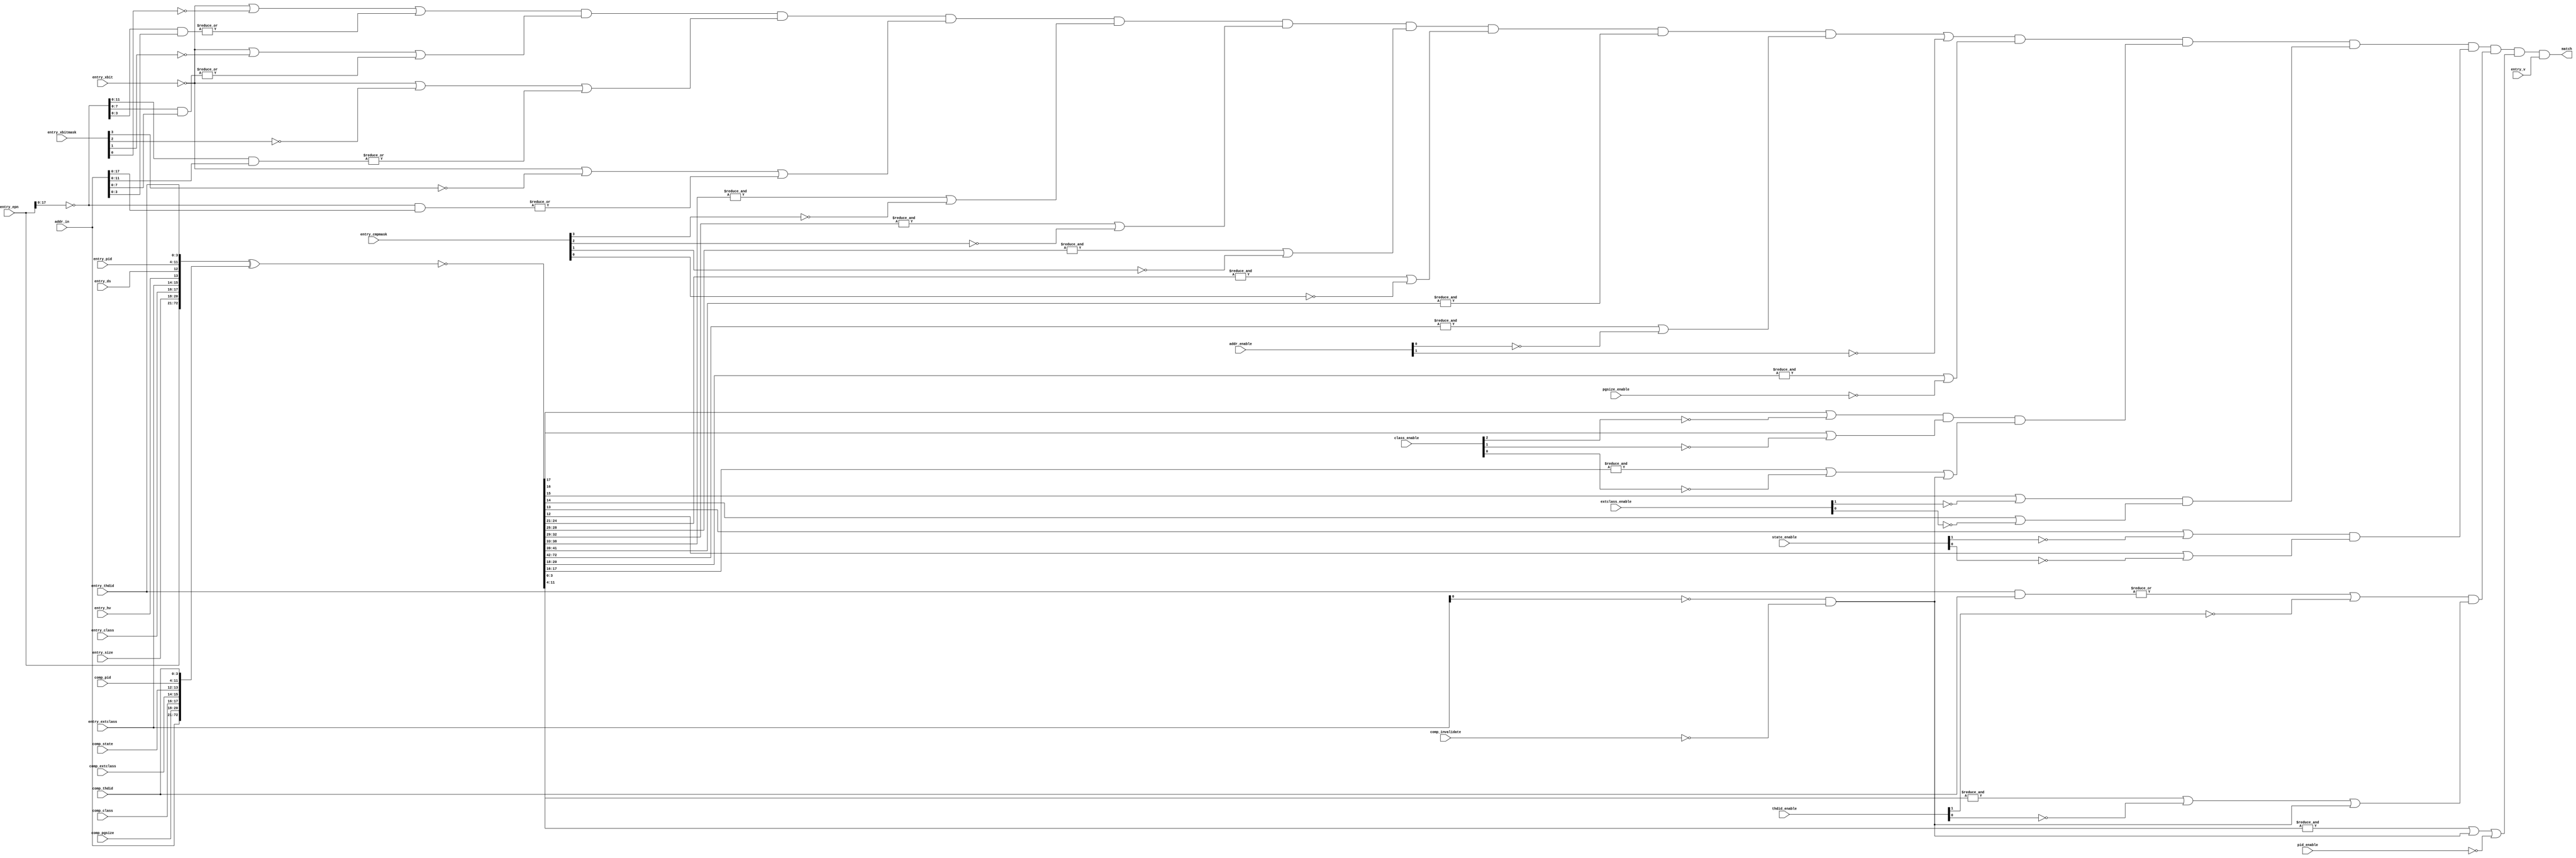
module tri_cam_32x143_1r1w1c_matchline(
   addr_in,
   addr_enable,
   comp_pgsize,
   pgsize_enable,
   entry_size,
   entry_cmpmask,
   entry_xbit,
   entry_xbitmask,
   entry_epn,
   comp_class,
   entry_class,
   class_enable,
   comp_extclass,
   entry_extclass,
   extclass_enable,
   comp_state,
   entry_hv,
   entry_ds,
   state_enable,
   entry_thdid,
   comp_thdid,
   thdid_enable,
   entry_pid,
   comp_pid,
   pid_enable,
   entry_v,
   comp_invalidate,
   match
);
   parameter                 HAVE_XBIT = 1;
   parameter                 NUM_PGSIZES = 5;
   parameter                 HAVE_CMPMASK = 1;
   parameter                 CMPMASK_WIDTH = 4;

   // @{default:nclk}@
   input [0:51]              addr_in;
   input [0:1]               addr_enable;
   input [0:2]               comp_pgsize;
   input                     pgsize_enable;
   input [0:2]               entry_size;
   input [0:CMPMASK_WIDTH-1] entry_cmpmask;
   input                     entry_xbit;
   input [0:CMPMASK_WIDTH-1] entry_xbitmask;
   input [0:51]              entry_epn;
   input [0:1]               comp_class;
   input [0:1]               entry_class;
   input [0:2]               class_enable;
   input [0:1]               comp_extclass;
   input [0:1]               entry_extclass;
   input [0:1]               extclass_enable;
   input [0:1]               comp_state;
   input                     entry_hv;
   input                     entry_ds;
   input [0:1]               state_enable;
   input [0:3]               entry_thdid;
   input [0:3]               comp_thdid;
   input [0:1]               thdid_enable;
   input [0:7]               entry_pid;
   input [0:7]               comp_pid;
   input                     pid_enable;
   input                     entry_v;
   input                     comp_invalidate;

   output                    match;

   // tri_cam_32x143_1r1w1c_matchline

   //----------------------------------------------------------------------
   // Signals
   //----------------------------------------------------------------------

   wire [34:51]              entry_epn_b;
   wire                      function_50_51;
   wire                      function_48_51;
   wire                      function_46_51;
   wire                      function_44_51;
   wire                      function_40_51;
   wire                      function_36_51;
   wire                      function_34_51;
   wire                      pgsize_eq_16K;
   wire                      pgsize_eq_64K;
   wire                      pgsize_eq_256K;
   wire                      pgsize_eq_1M;
   wire                      pgsize_eq_16M;
   wire                      pgsize_eq_256M;
   wire                      pgsize_eq_1G;
   wire                      pgsize_gte_16K;
   wire                      pgsize_gte_64K;
   wire                      pgsize_gte_256K;
   wire                      pgsize_gte_1M;
   wire                      pgsize_gte_16M;
   wire                      pgsize_gte_256M;
   wire                      pgsize_gte_1G;
   wire                      comp_or_34_35;
   wire                      comp_or_34_39;
   wire                      comp_or_36_39;
   wire                      comp_or_40_43;
   wire                      comp_or_44_45;
   wire                      comp_or_44_47;
   wire                      comp_or_46_47;
   wire                      comp_or_48_49;
   wire                      comp_or_48_51;
   wire                      comp_or_50_51;
   wire [0:72]               match_line;
   wire                      pgsize_match;
   wire                      addr_match;
   wire                      class_match;
   wire                      extclass_match;
   wire                      state_match;
   wire                      thdid_match;
   wire                      pid_match;
    (* analysis_not_referenced="true" *)
   wire [0:2]                unused;

   assign match_line[0:72] = (~({entry_epn[0:51], entry_size[0:2], entry_class[0:1], entry_extclass[0:1], entry_hv, entry_ds, entry_pid[0:7], entry_thdid[0:3]} ^
                                {addr_in[0:51], comp_pgsize[0:2], comp_class[0:1], comp_extclass[0:1], comp_state[0:1], comp_pid[0:7], comp_thdid[0:3]}));

   generate
     if (NUM_PGSIZES == 8)
     begin : numpgsz8
       // tie off unused signals
       assign comp_or_34_39 = 1'b0;
       assign comp_or_44_47 = 1'b0;
       assign comp_or_48_51 = 1'b0;
       assign unused[0] = |{comp_or_34_39, comp_or_44_47, comp_or_48_51};

       assign entry_epn_b[34:51] = (~(entry_epn[34:51]));

       if (HAVE_CMPMASK == 0)
       begin
         assign pgsize_eq_1G   = (   entry_size[0]   &    entry_size[1]   &    entry_size[2]);
         assign pgsize_eq_256M = (   entry_size[0]   &    entry_size[1]   & (~(entry_size[2])));
         assign pgsize_eq_16M  = (   entry_size[0]   & (~(entry_size[1])) &    entry_size[2]);
         assign pgsize_eq_1M   = (   entry_size[0]   & (~(entry_size[1])) & (~(entry_size[2])));
         assign pgsize_eq_256K = ((~(entry_size[0])) &    entry_size[1]   &    entry_size[2]);
         assign pgsize_eq_64K  = ((~(entry_size[0])) &    entry_size[1]   & (~(entry_size[2])));
         assign pgsize_eq_16K  = ((~(entry_size[0])) & (~(entry_size[1])) &    entry_size[2]);

         assign pgsize_gte_1G   = (   entry_size[0]   &    entry_size[1]   &    entry_size[2]);
         assign pgsize_gte_256M = (   entry_size[0]   &    entry_size[1]   & (~(entry_size[2]))) | pgsize_gte_1G;
         assign pgsize_gte_16M  = (   entry_size[0]   & (~(entry_size[1])) &    entry_size[2])   | pgsize_gte_256M;
         assign pgsize_gte_1M   = (   entry_size[0]   & (~(entry_size[1])) & (~(entry_size[2]))) | pgsize_gte_16M;
         assign pgsize_gte_256K = ((~(entry_size[0])) &    entry_size[1]   &    entry_size[2])   | pgsize_gte_1M;
         assign pgsize_gte_64K  = ((~(entry_size[0])) &    entry_size[1]   & (~(entry_size[2]))) | pgsize_gte_256K;
         assign pgsize_gte_16K  = ((~(entry_size[0])) & (~(entry_size[1])) &    entry_size[2])   | pgsize_gte_64K;

         assign unused[1] = |{entry_cmpmask, entry_xbitmask};
       end

       if (HAVE_CMPMASK == 1)
       begin
         //  size           entry_cmpmask: 0123456
         //    1GB                         0000000
         //  256MB                         1000000
         //   16MB                         1100000
         //    1MB                         1110000
         //  256KB                         1111000
         //   64KB                         1111100
         //   16KB                         1111110
         //    4KB                         1111111
         assign pgsize_gte_1G   = (~entry_cmpmask[0]);
         assign pgsize_gte_256M = (~entry_cmpmask[1]);
         assign pgsize_gte_16M  = (~entry_cmpmask[2]);
         assign pgsize_gte_1M   = (~entry_cmpmask[3]);
         assign pgsize_gte_256K = (~entry_cmpmask[4]);
         assign pgsize_gte_64K  = (~entry_cmpmask[5]);
         assign pgsize_gte_16K  = (~entry_cmpmask[6]);

         //  size          entry_xbitmask: 0123456
         //    1GB                         1000000
         //  256MB                         0100000
         //   16MB                         0010000
         //    1MB                         0001000
         //  256KB                         0000100
         //   64KB                         0000010
         //   16KB                         0000001
         //    4KB                         0000000
         assign pgsize_eq_1G   = entry_xbitmask[0];
         assign pgsize_eq_256M = entry_xbitmask[1];
         assign pgsize_eq_16M  = entry_xbitmask[2];
         assign pgsize_eq_1M   = entry_xbitmask[3];
         assign pgsize_eq_256K = entry_xbitmask[4];
         assign pgsize_eq_64K  = entry_xbitmask[5];
         assign pgsize_eq_16K  = entry_xbitmask[6];

         assign unused[1] = 1'b0;
       end

       if (HAVE_XBIT == 0)
       begin
         assign function_34_51 = 1'b0;
         assign function_36_51 = 1'b0;
         assign function_40_51 = 1'b0;
         assign function_44_51 = 1'b0;
         assign function_46_51 = 1'b0;
         assign function_48_51 = 1'b0;
         assign function_50_51 = 1'b0;
	 assign unused[2] = |{function_34_51, function_36_51, function_40_51, function_44_51,
                              function_46_51, function_48_51, function_50_51, entry_xbit,
                              entry_epn_b, pgsize_eq_1G, pgsize_eq_256M, pgsize_eq_16M,
                              pgsize_eq_1M, pgsize_eq_256K, pgsize_eq_64K, pgsize_eq_16K};
       end

       if (HAVE_XBIT != 0)
       begin
         assign function_34_51 = (~(entry_xbit)) | (~(pgsize_eq_1G))   | (|(entry_epn_b[34:51] & addr_in[34:51]));
         assign function_36_51 = (~(entry_xbit)) | (~(pgsize_eq_256M)) | (|(entry_epn_b[36:51] & addr_in[36:51]));
         assign function_40_51 = (~(entry_xbit)) | (~(pgsize_eq_16M))  | (|(entry_epn_b[40:51] & addr_in[40:51]));
         assign function_44_51 = (~(entry_xbit)) | (~(pgsize_eq_1M))   | (|(entry_epn_b[44:51] & addr_in[44:51]));
         assign function_46_51 = (~(entry_xbit)) | (~(pgsize_eq_256K)) | (|(entry_epn_b[46:51] & addr_in[46:51]));
         assign function_48_51 = (~(entry_xbit)) | (~(pgsize_eq_64K))  | (|(entry_epn_b[48:51] & addr_in[48:51]));
         assign function_50_51 = (~(entry_xbit)) | (~(pgsize_eq_16K))  | (|(entry_epn_b[50:51] & addr_in[50:51]));
         assign unused[2] = 1'b0;
       end

       assign comp_or_50_51 = (&(match_line[50:51])) | pgsize_gte_16K;
       assign comp_or_48_49 = (&(match_line[48:49])) | pgsize_gte_64K;
       assign comp_or_46_47 = (&(match_line[46:47])) | pgsize_gte_256K;
       assign comp_or_44_45 = (&(match_line[44:45])) | pgsize_gte_1M;
       assign comp_or_40_43 = (&(match_line[40:43])) | pgsize_gte_16M;
       assign comp_or_36_39 = (&(match_line[36:39])) | pgsize_gte_256M;
       assign comp_or_34_35 = (&(match_line[34:35])) | pgsize_gte_1G;

       if (HAVE_XBIT == 0)
       begin
         assign addr_match = (comp_or_34_35 &		//  Ignore functions based on page size
                              comp_or_36_39 &
                              comp_or_40_43 &
                              comp_or_44_45 &
                              comp_or_46_47 &
                              comp_or_48_49 &
                              comp_or_50_51 &
                              (&(match_line[31:33])) &		//  Regular compare largest page size
                              ((&(match_line[0:30])) | (~(addr_enable[1])))) |         // ignored part of epn
                            (~(addr_enable[0]));       //  Include address as part of compare,
                                                       //  should never ignore for regular compare/read.
                                                       //  Could ignore for compare/invalidate
       end

       if (HAVE_XBIT != 0)
       begin
         assign addr_match = (function_50_51 &		//  Exclusion functions
                              function_48_51 &
                              function_46_51 &
                              function_44_51 &
                              function_40_51 &
                              function_36_51 &
                              function_34_51 &
                              comp_or_34_35 &		//  Ignore functions based on page size
                              comp_or_36_39 &
                              comp_or_40_43 &
                              comp_or_44_45 &
                              comp_or_46_47 &
                              comp_or_48_49 &
                              comp_or_50_51 &
                              (&(match_line[31:33])) &         //  Regular compare largest page size
                              (&(match_line[0:30]) | (~(addr_enable[1])))) |         // ignored part of epn
                            (~(addr_enable[0]));           //  Include address as part of compare,
                                                           //  should never ignore for regular compare/read.
                                                           //  Could ignore for compare/invalidate
       end
     end  // numpgsz8: NUM_PGSIZES = 8


     if (NUM_PGSIZES == 5)
     begin : numpgsz5
       // tie off unused signals
       assign function_50_51 = 1'b0;
       assign function_46_51 = 1'b0;
       assign function_36_51 = 1'b0;
       assign pgsize_eq_16K = 1'b0;
       assign pgsize_eq_256K = 1'b0;
       assign pgsize_eq_256M = 1'b0;
       assign pgsize_gte_16K = 1'b0;
       assign pgsize_gte_256K = 1'b0;
       assign pgsize_gte_256M = 1'b0;
       assign comp_or_34_35 = 1'b0;
       assign comp_or_36_39 = 1'b0;
       assign comp_or_44_45 = 1'b0;
       assign comp_or_46_47 = 1'b0;
       assign comp_or_48_49 = 1'b0;
       assign comp_or_50_51 = 1'b0;
       assign unused[0] = |{function_50_51, function_46_51, function_36_51,
                            pgsize_eq_16K, pgsize_eq_256K, pgsize_eq_256M,
                            pgsize_gte_16K, pgsize_gte_256K, pgsize_gte_256M,
                            comp_or_34_35, comp_or_36_39, comp_or_44_45,
                            comp_or_46_47, comp_or_48_49, comp_or_50_51};

       assign entry_epn_b[34:51] = (~(entry_epn[34:51]));

       if (HAVE_CMPMASK == 0)
       begin
         // 110
         assign pgsize_eq_1G  = (   entry_size[0]   &    entry_size[1]   & (~(entry_size[2])));
         // 111
         assign pgsize_eq_16M = (   entry_size[0]   &    entry_size[1]   &    entry_size[2]);
         // 101
         assign pgsize_eq_1M  = (   entry_size[0]   & (~(entry_size[1])) &    entry_size[2]);
         // 011
         assign pgsize_eq_64K = ((~(entry_size[0])) &    entry_size[1]   &    entry_size[2]);

         assign pgsize_gte_1G  = (   entry_size[0]   &    entry_size[1]   & (~(entry_size[2])));
         assign pgsize_gte_16M = (   entry_size[0]   &    entry_size[1]   & entry_size[2]) | pgsize_gte_1G;
         assign pgsize_gte_1M  = (   entry_size[0]   & (~(entry_size[1])) & entry_size[2]) | pgsize_gte_16M;
         assign pgsize_gte_64K = ((~(entry_size[0])) &    entry_size[1]   & entry_size[2]) | pgsize_gte_1M;

         assign unused[1] = |{entry_cmpmask, entry_xbitmask};
       end

       if (HAVE_CMPMASK == 1)
       begin
         //  size           entry_cmpmask: 0123
         //    1GB                         0000
         //   16MB                         1000
         //    1MB                         1100
         //   64KB                         1110
         //    4KB                         1111
         assign pgsize_gte_1G  = (~entry_cmpmask[0]);
         assign pgsize_gte_16M = (~entry_cmpmask[1]);
         assign pgsize_gte_1M  = (~entry_cmpmask[2]);
         assign pgsize_gte_64K = (~entry_cmpmask[3]);

         //  size          entry_xbitmask: 0123
         //    1GB                         1000
         //   16MB                         0100
         //    1MB                         0010
         //   64KB                         0001
         //    4KB                         0000
         assign pgsize_eq_1G  = entry_xbitmask[0];
         assign pgsize_eq_16M = entry_xbitmask[1];
         assign pgsize_eq_1M  = entry_xbitmask[2];
         assign pgsize_eq_64K = entry_xbitmask[3];

         assign unused[1] = 1'b0;
       end

       if (HAVE_XBIT == 0)
       begin
         assign function_34_51 = 1'b0;
         assign function_40_51 = 1'b0;
         assign function_44_51 = 1'b0;
         assign function_48_51 = 1'b0;
	 assign unused[2] = |{function_34_51, function_40_51, function_44_51,
                              function_48_51, entry_xbit, entry_epn_b,
                              pgsize_eq_1G, pgsize_eq_16M, pgsize_eq_1M, pgsize_eq_64K};
       end

       if (HAVE_XBIT != 0)
       begin
         // 1G
         assign function_34_51 = (~(entry_xbit)) | (~(pgsize_eq_1G))  | (|(entry_epn_b[34:51] & addr_in[34:51]));
         // 16M
         assign function_40_51 = (~(entry_xbit)) | (~(pgsize_eq_16M)) | (|(entry_epn_b[40:51] & addr_in[40:51]));
         // 1M
         assign function_44_51 = (~(entry_xbit)) | (~(pgsize_eq_1M))  | (|(entry_epn_b[44:51] & addr_in[44:51]));
         // 64K
         assign function_48_51 = (~(entry_xbit)) | (~(pgsize_eq_64K)) | (|(entry_epn_b[48:51] & addr_in[48:51]));
         assign unused[2] = 1'b0;
       end

       assign comp_or_48_51 = (&(match_line[48:51])) | pgsize_gte_64K;
       assign comp_or_44_47 = (&(match_line[44:47])) | pgsize_gte_1M;
       assign comp_or_40_43 = (&(match_line[40:43])) | pgsize_gte_16M;
       assign comp_or_34_39 = (&(match_line[34:39])) | pgsize_gte_1G;

       if (HAVE_XBIT == 0)
       begin
         assign addr_match = (comp_or_34_39 &		//  Ignore functions based on page size
                              comp_or_40_43 &
                              comp_or_44_47 &
                              comp_or_48_51 &
                              (&(match_line[31:33])) &		//  Regular compare largest page size
                              ((&(match_line[0:30])) | (~(addr_enable[1])))) |         // ignored part of epn
                            (~(addr_enable[0]));       //  Include address as part of compare,
                                                       //  should never ignore for regular compare/read.
                                                       //  Could ignore for compare/invalidate
       end

       if (HAVE_XBIT != 0)
       begin
         assign addr_match = (function_48_51 &
                              function_44_51 &
                              function_40_51 &
                              function_34_51 &
                              comp_or_34_39 &		//  Ignore functions based on page size
                              comp_or_40_43 &
                              comp_or_44_47 &
                              comp_or_48_51 &
                              (&(match_line[31:33])) &         //  Regular compare largest page size
                              ((&(match_line[0:30])) | (~(addr_enable[1])))) |         // ignored part of epn
                            (~(addr_enable[0]));             //  Include address as part of compare,
                                                             //  should never ignore for regular compare/read.
                                                             //  Could ignore for compare/invalidate
       end
     end // numpgsz5: NUM_PGSIZES = 5


     assign pgsize_match = (&(match_line[52:54])) | (~(pgsize_enable));

     assign class_match = (match_line[55] | (~(class_enable[0]))) &
                          (match_line[56] | (~(class_enable[1]))) &
                          ((&(match_line[55:56])) | (~(class_enable[2])) |
                           ((~(entry_extclass[1])) & (~comp_invalidate)));		// pid_nz bit

     assign extclass_match = (match_line[57] | (~(extclass_enable[0]))) &               // iprot bit
                             (match_line[58] | (~(extclass_enable[1])));		// pid_nz bit

     assign state_match = (match_line[59] | (~(state_enable[0]))) &
                          (match_line[60] | (~(state_enable[1])));

     assign thdid_match = (|(entry_thdid[0:3] & comp_thdid[0:3]) | (~(thdid_enable[0]))) &
                          (&(match_line[69:72]) | (~(thdid_enable[1])) |
                           ((~(entry_extclass[1])) & (~comp_invalidate)));		// pid_nz bit

     assign pid_match = (&(match_line[61:68])) |
                        // entry_pid=0 ignores pid match for compares,
                        //  but not for invalidates.
                        ((~(entry_extclass[1])) & (~comp_invalidate)) |		// pid_nz bit
                        (~(pid_enable));

     assign match = addr_match &        //  Address compare
                    pgsize_match &      //  Size compare
                    class_match &       //  Class compare
                    extclass_match &    //  ExtClass compare
                    state_match &       //  State compare
                    thdid_match &       //  ThdID compare
                    pid_match &         //  PID compare
                    entry_v;            //  Valid
   endgenerate
endmodule